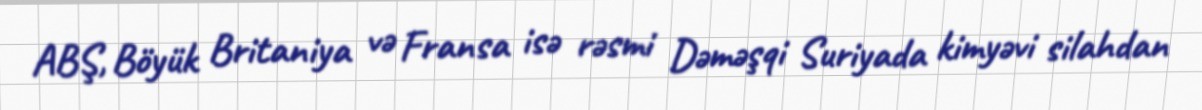
ABŞ, Böyük Britaniya və Fransa isə rəsmi Dəməşqi Suriyada kimyəvi silahdan